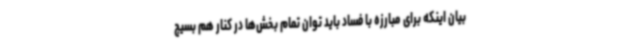
بیان اینکه برای مبارزه با فساد باید توان تمام بخش‌ها در کنار هم بسیج